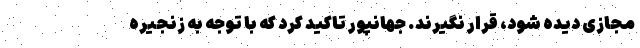
مجازی دیده ‌شود، قرار نگیرند. جهانپور تاکید کرد که با توجه به زنجیره